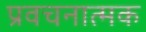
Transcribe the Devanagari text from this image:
प्रवचनात्मक